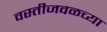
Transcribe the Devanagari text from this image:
वस्तीजवळच्या